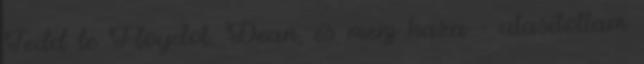
Tedd le Floydot, Dean, és menj haza - utasítottam